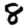
Digit: 8